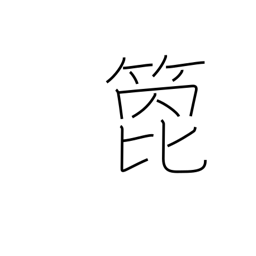
Meaning: arrow shaft